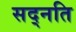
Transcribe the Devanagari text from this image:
सद्नति